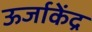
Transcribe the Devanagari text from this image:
ऊर्जाकेंद्र